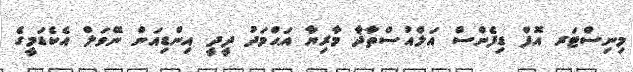
މިނިސްޓަރ އޮފް ޑިފެންސް އަލްއުސްތާޛާ މާރިޔާ އަޙްމަދު ދީދީ އިންޑިއަން ނޭވަލް އެކެޑަމީގެ